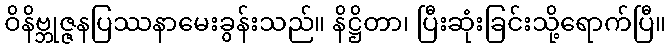
ဝိနိဗ္ဘုဇ္ဇနပြဿနာမေးခွန်းသည်။ နိဋ္ဌိတာ၊ ပြီးဆုံးခြင်းသို့ရောက်ပြီ။